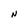
Character: N